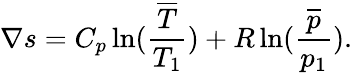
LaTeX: \nabla s=C_{p}\ln({\frac{\overline{{T}}}{T_{1}}})+R\ln({\frac{\overline{{p}}}{p_{1}}}).